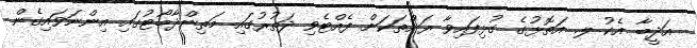
އަދީބާ އެކު ލ. އަތޮޅުގެ ގުޅިފައިވާ ރަށްތަކަށް ފެއްޓެވި ދަތުރުގައި މަތިންދާބޯޓުގައި އިންނަވައިގެން